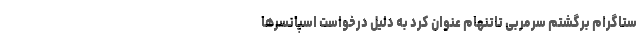
ستاگرام برگشتم سرمربی تاتنهام عنوان کرد به دلیل درخواست اسپانسرها